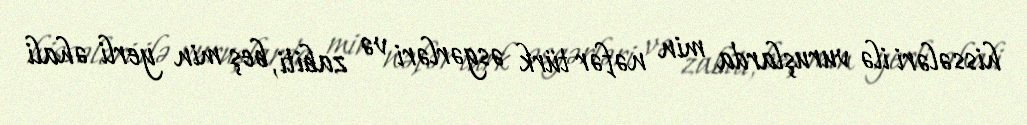
hissələri ilə vuruşlarda min nəfər türk əsgərləri və zabiti, beş min yerli əhali